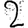
Digit: 2